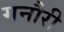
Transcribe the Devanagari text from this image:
गनौरी